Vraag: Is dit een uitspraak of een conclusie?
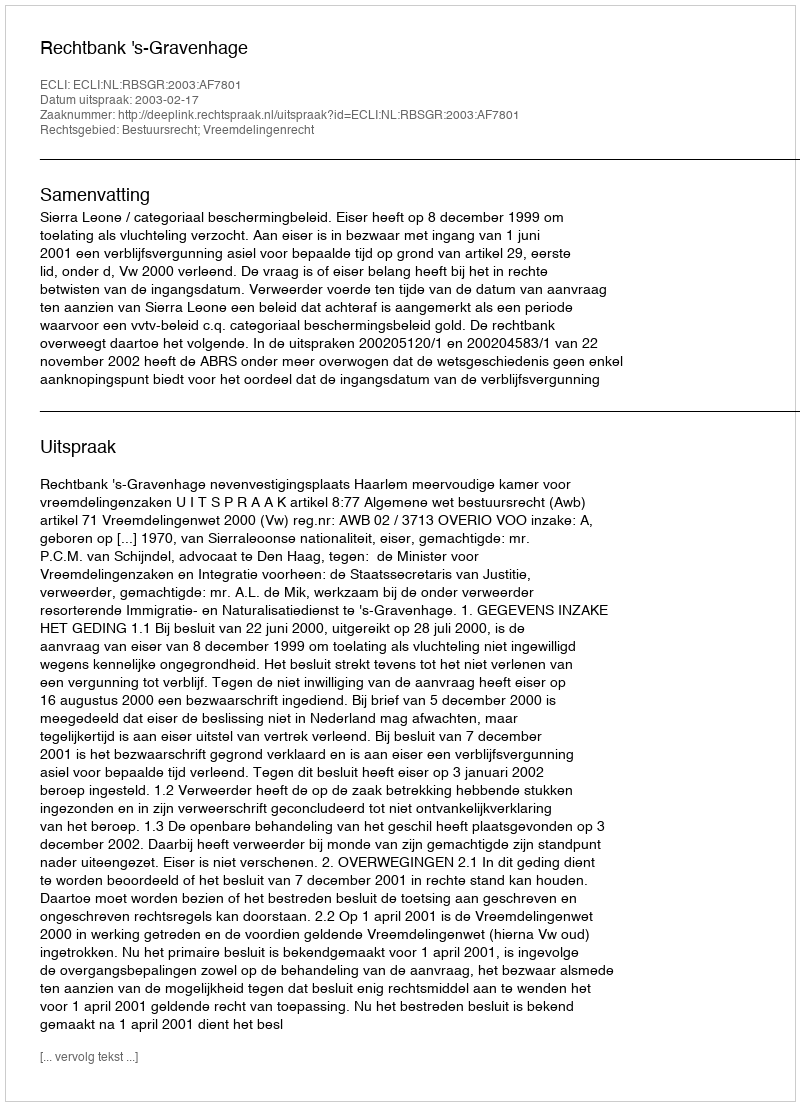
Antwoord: Uitspraak